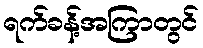
ရက်ခန့်အကြာတွင်